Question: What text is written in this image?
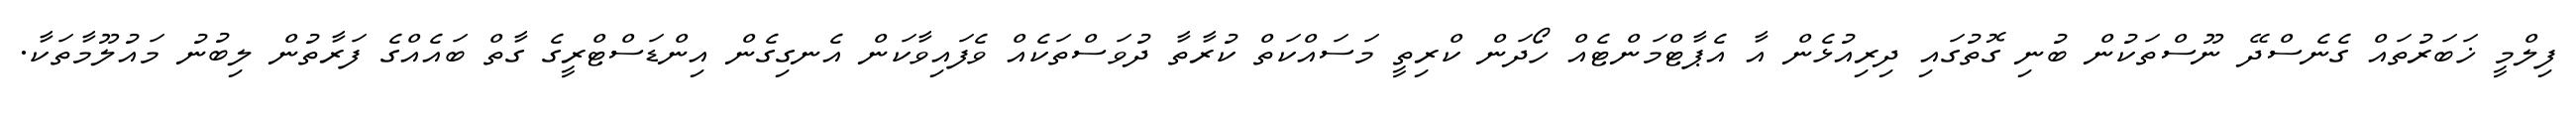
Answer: ފިލްމީ ޚަބަރުތައް ގެނެސްދޭ ނޫސްތަކުން ބުނި ގޮތުގައި ދިރިއުޅެން އާ އެޕާޓްމަންޓެއް ހޯދަން ކްރިތީ މަސައްކަތް ކުރާތާ ދުވަސްތަކެއް ވެފައިވާކަން އެނގިގެން އިންޑަސްޓްރީގެ ގާތް ބައެއްގެ ފަރާތުން ލިބުނު މައުލޫމާތަކާ.